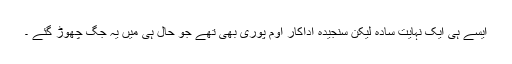
ایسے ہی ایک نہایت سادہ لیکن سنجیدہ اداکار اوم پوری بھی تھے جو حال ہی میں یہ جگ چھوڑ گئے ۔